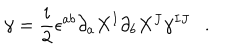
\gamma = \frac { i } { 2 } \epsilon ^ { a b } \partial _ { a } X ^ { I } \partial _ { b } X ^ { J } \gamma ^ { I J } .